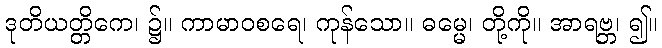
ဒုတိယတ္တိကေ၊ ၌။ ကာမာဝစရေ၊ ကုန်သော။ ဓမ္မေ၊ တို့ကို။ အာရဗ္ဘ၊ ၍။